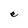
Character: e